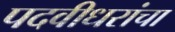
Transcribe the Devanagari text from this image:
पदवीधरांचा